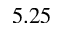
5 . 2 5